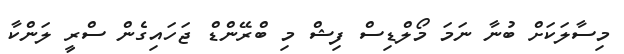
މިސާލަކަށް ބުނާ ނަމަ މޯލްޑިސް ފިޝް މި ބްރޭންޑް ޖަހައިގެން ސްރީ ލަންކާ